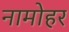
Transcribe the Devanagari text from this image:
नामोहर